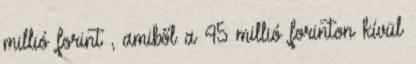
millió forint , amiből a 45 millió forinton kívül